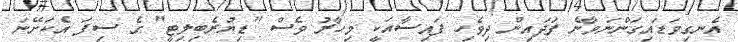
އެނގިވަޑައިގަންނަވާނެ ފަދައިން ދިވެހި ފައިސާއަކީ މިހާރު ވެސް "ޑިޔުރެބިލިޓީ" ގެ ސިފަ އެކަށޭނަ